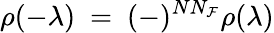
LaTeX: \rho(-\lambda)~=~(-)^{NN_{\mathcal{F}}}\rho(\lambda)